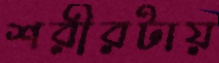
শরীরটায়